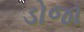
ડોજા